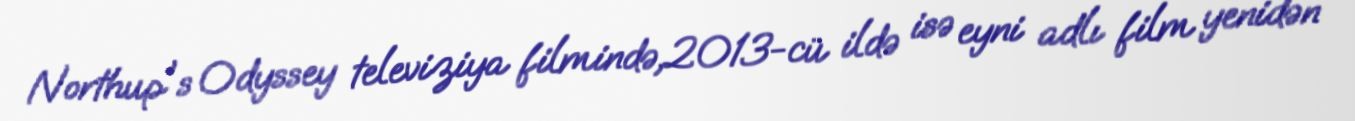
Northup's Odyssey televiziya filmində,2013-cü ildə isə eyni adlı film yenidən